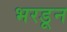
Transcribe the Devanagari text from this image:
भरडून